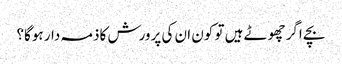
بچے اگر چھوٹے ہیں تو کون ان کی پرورش کاذمہ دار ہوگا؟